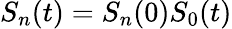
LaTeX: S_{n}(t)=S_{n}(0)S_{0}(t)